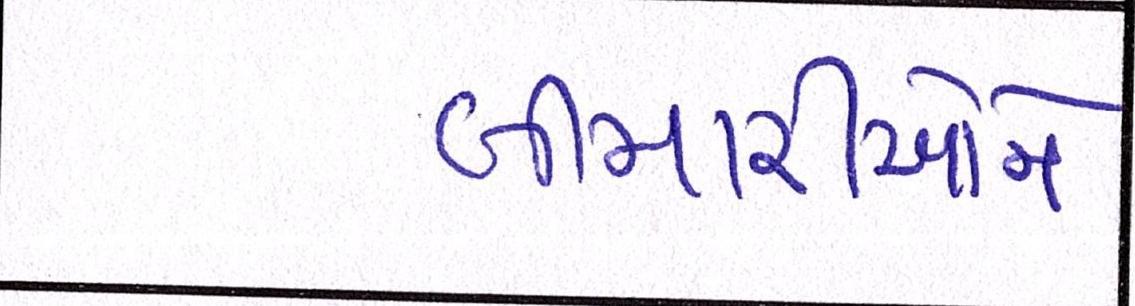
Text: બીમારીઓને